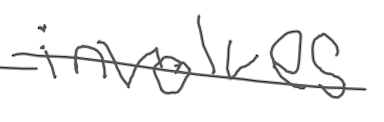
Text: involves
Cross-out: single-line
Writing tool: digital_gray